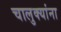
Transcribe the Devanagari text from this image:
चालुक्यांना